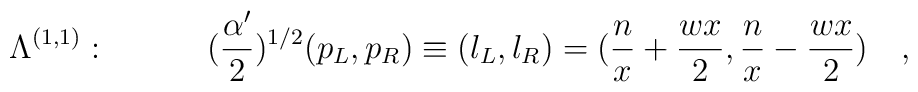
\Lambda^{(1,1)} :  \quad \quad\quad ({{\alpha^{\prime}}\over{2}})^{1/2}(p_L , p_R) \equiv   (l_L , l_R) = ({{n}\over{x}} + {{wx}\over{2}}   ,{{n}\over{x}} - {{wx}\over{2}}  )  \quad ,